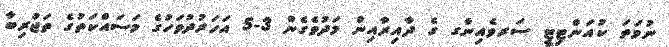
ނުވަތަ ކުއަންޓިޓީ ސަރވެއިންގ ގެ ދާއިރާއިން މަދުވެގެން 3-5 އަހަރުދުވަހުގެ މަސައްކަތުގެ ތަޖުރިބާ